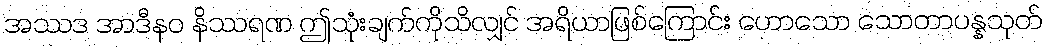
အဿဒ အာဒီနဝ နိဿရဏ ဤသုံးချက်ကိုသိလျှင် အရိယာဖြစ်ကြောင်း ဟောသော သောတာပန္နသုတ်